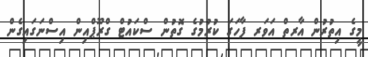
މީގެ އިތުރުން އާރތް އަވަރ ފާހަގަ ކުރުމުގެ ގޮތުން ސްކައުޓް ގްރޫޕްއިން އިސްނަގައިގެން